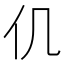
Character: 仉